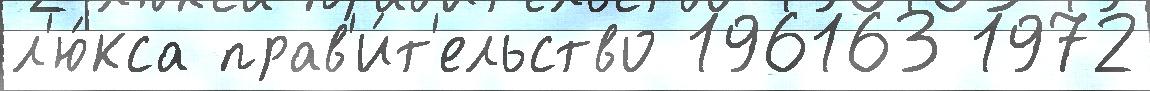
л'ю́кса прав'и́т'ельство 196163 1972